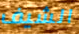
الشيف